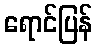
ရောင်ပြန်